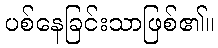
ပစ်နေခြင်းသာဖြစ်၏။